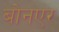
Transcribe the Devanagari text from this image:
बोनएर